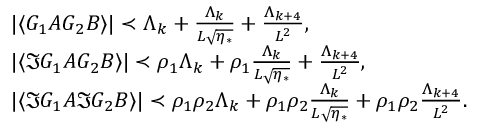
\begin{array} { r l } & { | \langle G _ { 1 } A G _ { 2 } B \rangle | \prec \Lambda _ { k } + \frac { \Lambda _ { k } } { L \sqrt { \eta _ { * } } } + \frac { \Lambda _ { k + 4 } } { L ^ { 2 } } , \, } \\ & { | \langle \Im G _ { 1 } A G _ { 2 } B \rangle | \prec \rho _ { 1 } \Lambda _ { k } + \rho _ { 1 } \frac { \Lambda _ { k } } { L \sqrt { \eta _ { * } } } + \frac { \Lambda _ { k + 4 } } { L ^ { 2 } } , } \\ & { | \langle \Im G _ { 1 } A \Im G _ { 2 } B \rangle | \prec \rho _ { 1 } \rho _ { 2 } \Lambda _ { k } + \rho _ { 1 } \rho _ { 2 } \frac { \Lambda _ { k } } { L \sqrt { \eta _ { * } } } + \rho _ { 1 } \rho _ { 2 } \frac { \Lambda _ { k + 4 } } { L ^ { 2 } } . } \end{array}